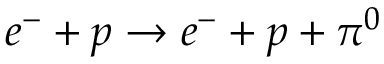
e ^ { - } + p \rightarrow e ^ { - } + p + \pi ^ { 0 }